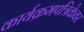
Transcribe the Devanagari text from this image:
कार्यक्रमपत्रिकेवर